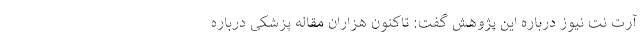
آرت نت نیوز درباره این پژوهش گفت: تاکنون هزاران مقاله پزشکی درباره